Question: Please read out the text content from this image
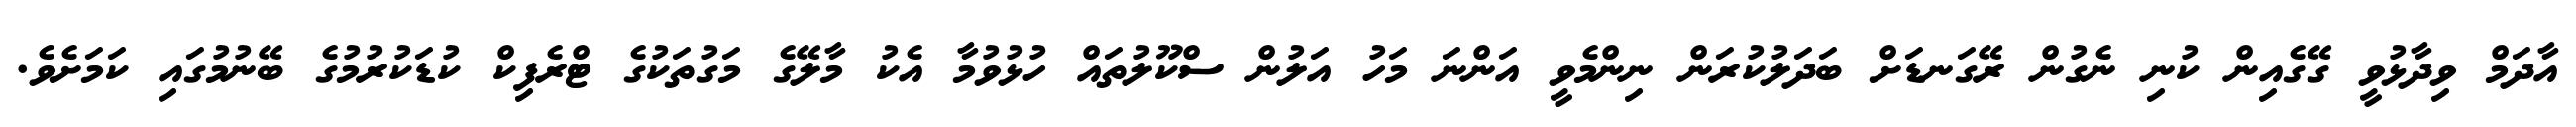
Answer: އާދަމް ވިދާޅުވީ ގޭގެއިން ކުނި ނެގުން ރޭގަނޑަށް ބަދަލުކުރަން ނިންމެވީ އަންނަ މަހު އަލުން ސްކޫލުތައް ހުޅުވުމާ އެކު މާލޭގެ މަގުތަކުގެ ޓްރެފިކް ކުޑަކުރުމުގެ ބޭނުމުގައި ކަމަށެވެ.